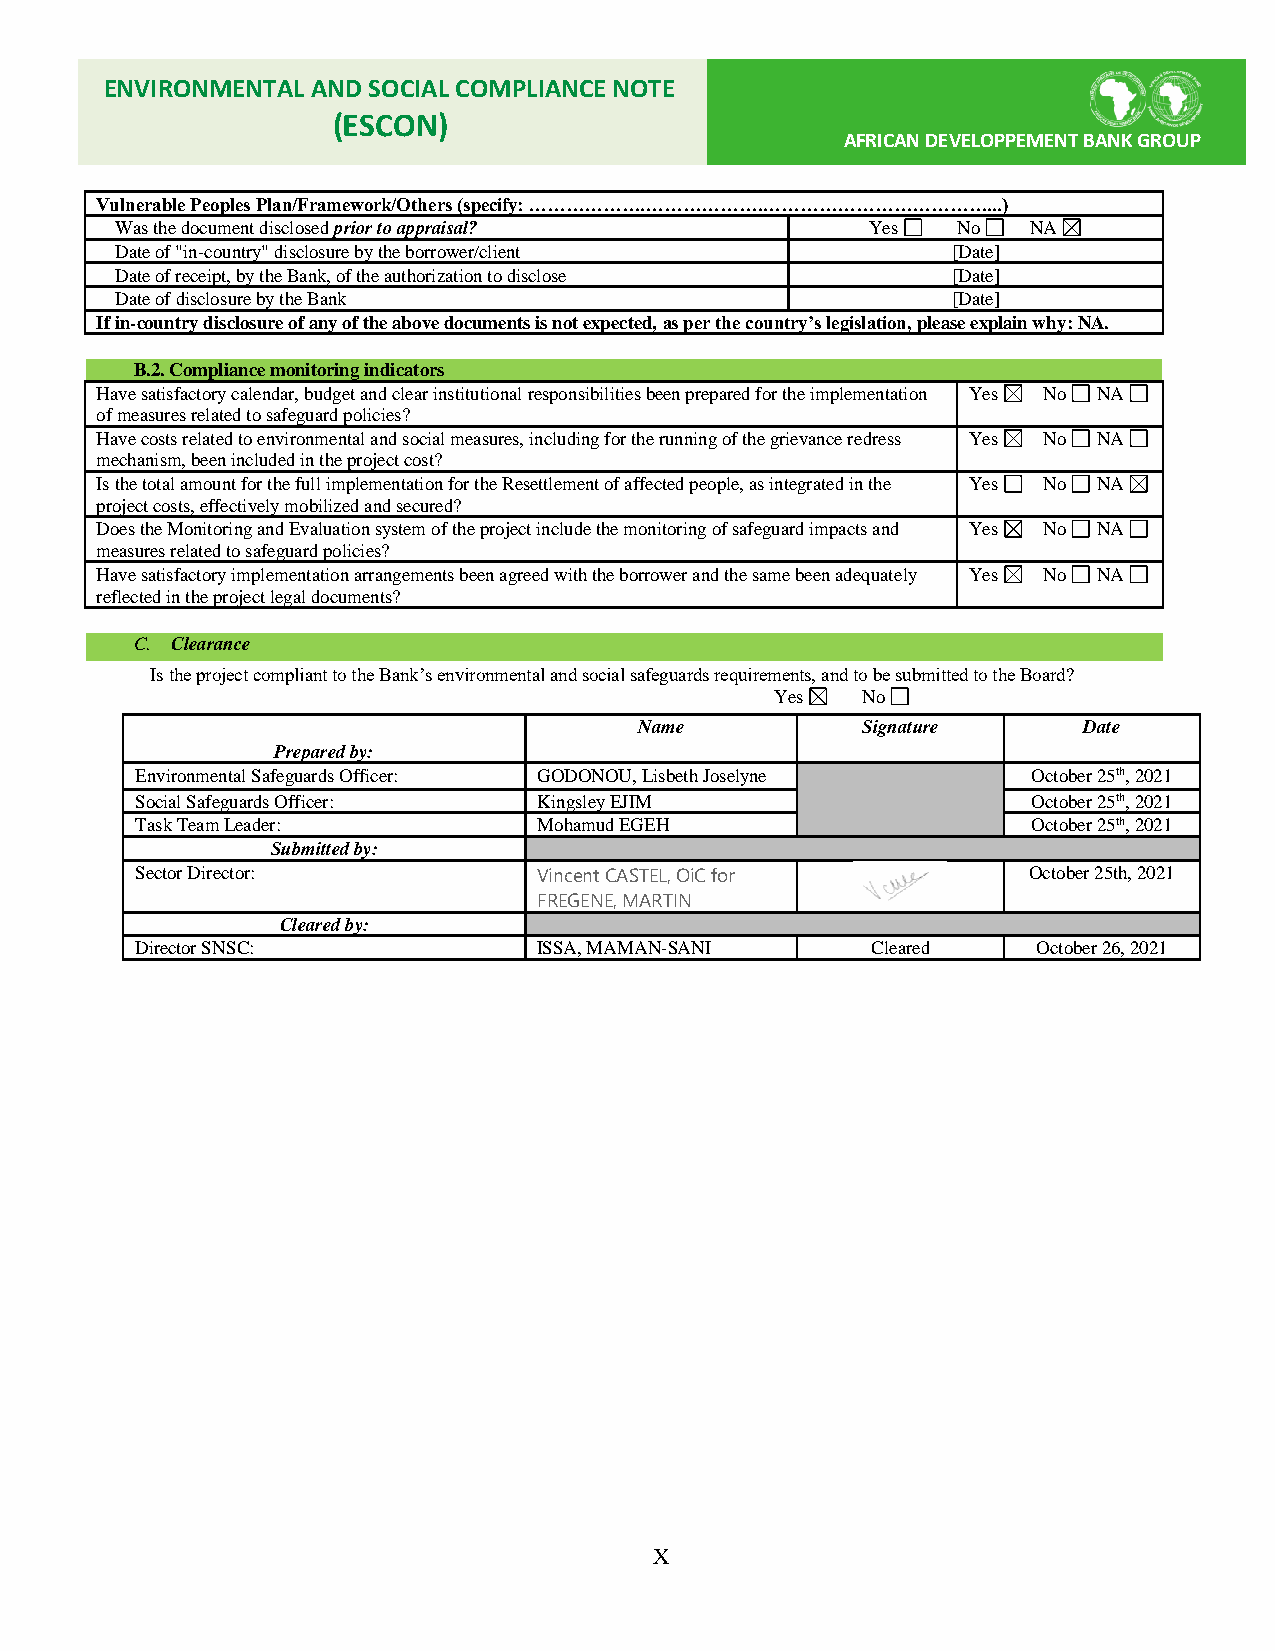
ENVIRONMENTAL AND SOCIAL COMPLIANCE NOTE
 (ESCON)
 AFRICAN DEVELOPPEMENT BANK GROUP
 Vulnerable Peoples Plan/Framework/Others (specify: ……………….……………….………………………………...)
 Was the document disclosed prior to appraisal?    Yes  No   NA
 Date of "in-country" disclosure by the borrower/client [Date]
 Date of receipt, by the Bank, of the authorization to disclose [Date]
 Date of disclosure by the Bank                         [Date]
 If in-country disclosure of any of the above documents is not expected, as per the country’s legislation, please explain why: NA.
 B.2. Compliance monitoring indicators
 Have satisfactory calendar, budget and clear institutional responsibilities been prepared for the implementation Yes No NA
 of measures related to safeguard policies?
 Have costs related to environmental and social measures, including for the running of the grievance redress Yes No NA
 mechanism, been included in the project cost?
 Is the total amount for the full implementation for the Resettlement of affected people, as integrated in the Yes No NA
 project costs, effectively mobilized and secured?
 Does the Monitoring and Evaluation system of the project include the monitoring of safeguard impacts and Yes No NA
 measures related to safeguard policies?
 Have satisfactory implementation arrangements been agreed with the borrower and the same been adequately Yes No NA
 reflected in the project legal documents?
 C. Clearance
 Is the project compliant to the Bank’s environmental and social safeguards requirements, and to be submitted to the Board?
 Yes   No
 Name           Signature      Date
 Prepared by:
 Environmental Safeguards Officer: GODONOU, Lisbeth Joselyne October 25th, 2021
 Social Safeguards Officer: Kingsley EJIM                   October 25th, 2021
 Task Team Leader:          Mohamud EGEH                    October 25th, 2021
 Submitted by:
 Sector Director:           Vincent CASTEL, OiC for         October 25th, 2021
 FREGENE, MARTIN
 Cleared by:
 Director SNSC:             ISSA, MAMAN-SANI      Cleared    October 26, 2021
 X